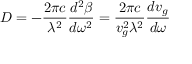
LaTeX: D = - { \frac { 2 \pi c } { \lambda ^ { 2 } } } { \frac { d ^ { 2 } \beta } { d \omega ^ { 2 } } } = { \frac { 2 \pi c } { v _ { g } ^ { 2 } \lambda ^ { 2 } } } { \frac { d v _ { g } } { d \omega } }